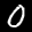
Label: 0